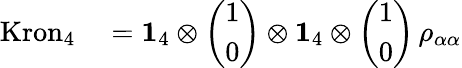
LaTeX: \begin{array}{rl}{\mathrm{Kron}_{4}}&{{}=\mathbf{1}_{4}\otimes\left(\begin{array}{l}{1}\\ {0}\end{array}\right)\otimes\mathbf{1}_{4}\otimes\left(\begin{array}{l}{1}\\ {0}\end{array}\right)\, \rho_{\alpha\alpha}}\end{array}